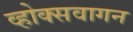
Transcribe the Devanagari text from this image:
व्होक्सवागन